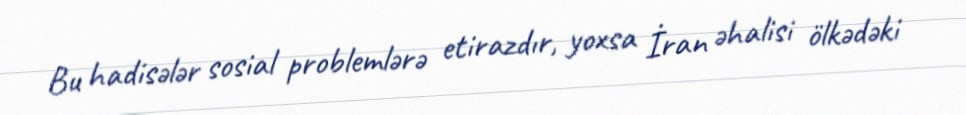
Bu hadisələr sosial problemlərə etirazdır, yoxsa İran əhalisi ölkədəki